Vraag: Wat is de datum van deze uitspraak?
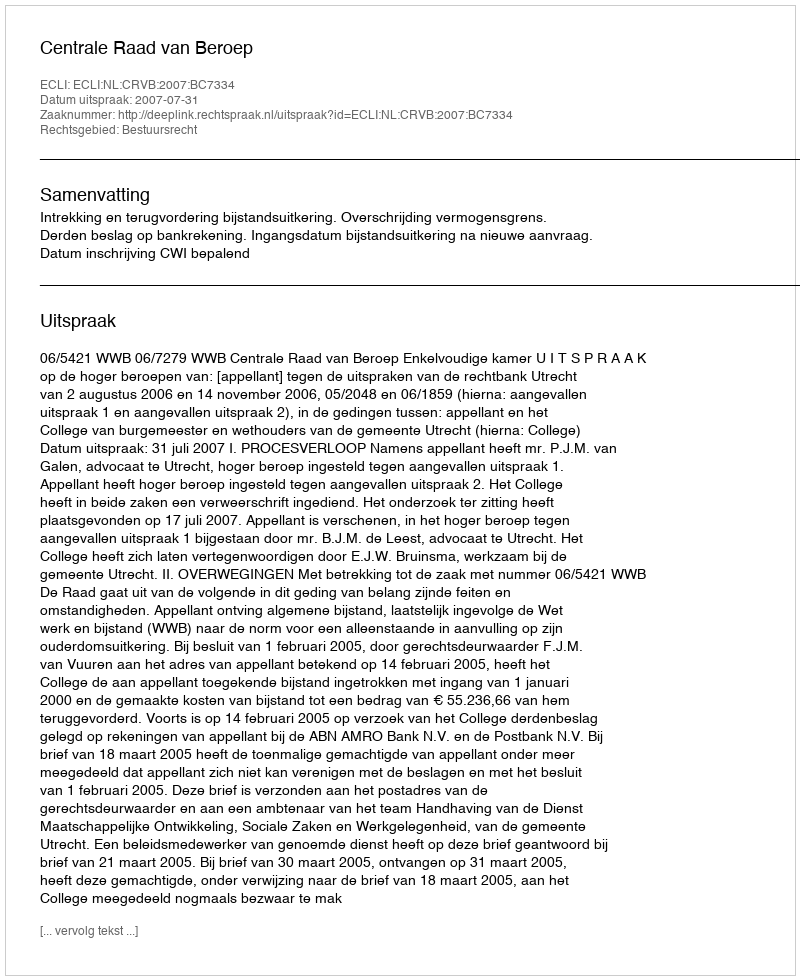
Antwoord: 2007-07-31